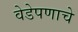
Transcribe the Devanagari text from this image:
वेडेपणाचे